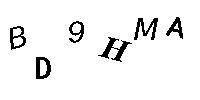
BD9HMA